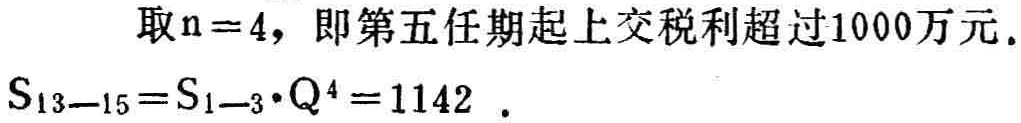
取\(n = 4\)，即第五任期起上交税利超过1000万元.
\(S_{13 - 15}=S_{1 - 3}\cdot Q^{4}=1142\).